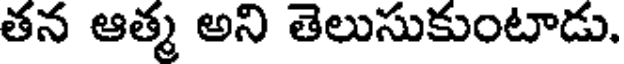
తన ఆత్మ అని తెలుసుకుంటాడు.